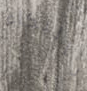
بالبكاء